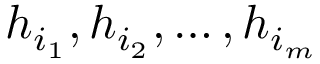
h _ { i _ { 1 } } , h _ { i _ { 2 } } , \ldots , h _ { i _ { m } }